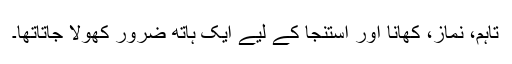
تاہم، نماز، کھانا اور استنجا کے لیے ایک ہاتھ ضرور کھولا جاتاتھا۔